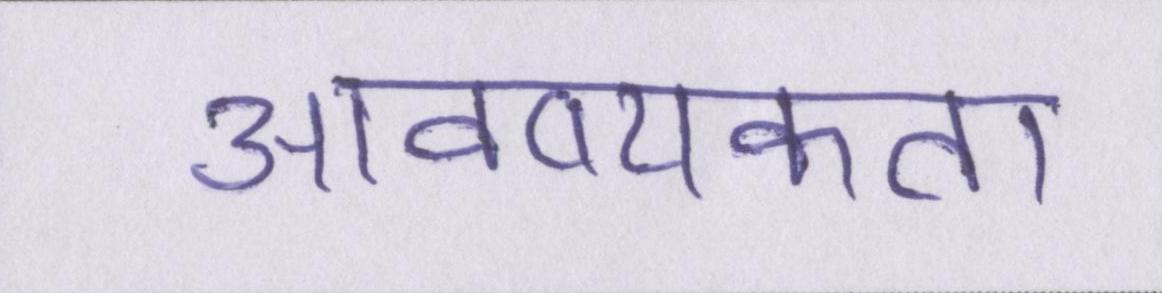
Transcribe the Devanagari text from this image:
आवष्यकता